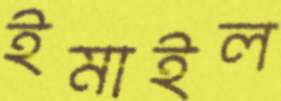
ইমাইল